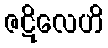
ဇဋိလေဟိ